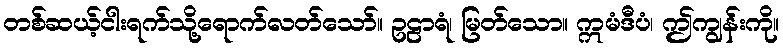
တစ်ဆယ့်ငါးရက်သို့ရောက်လတ်သော်။ ဥဠာရံ၊ မြတ်သော။ ဣမံဒီပံ၊ ဤကျွန်းကို။